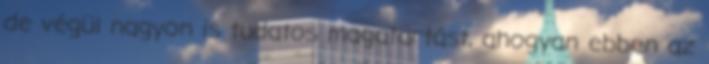
de végül nagyon is tudatos magatartást, ahogyan ebben az